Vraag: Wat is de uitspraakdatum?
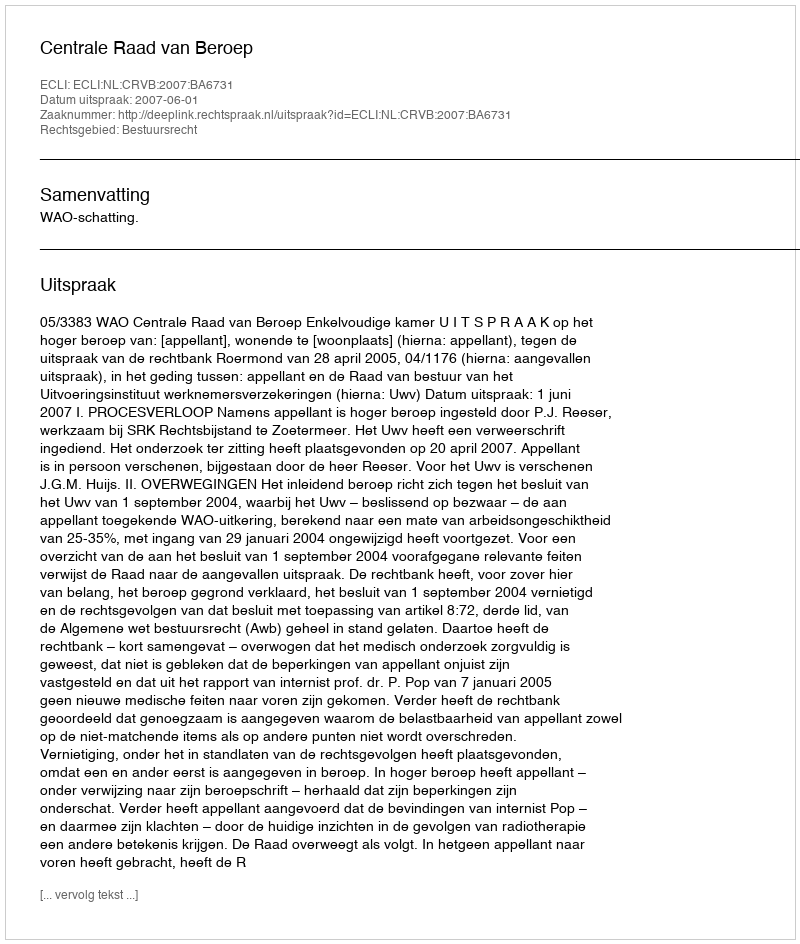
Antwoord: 2007-06-01